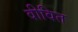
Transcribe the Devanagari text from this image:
वीवित